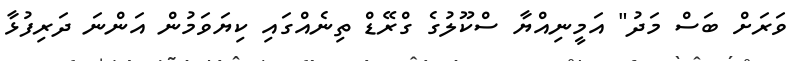
ވަރަށް ބަސް މަދު" އަމީނިއްޔާ ސްކޫލުގެ ގްރޭޑް ތިނެއްގައި ކިޔަވަމުން އަންނަ ދަރިފުޅާ